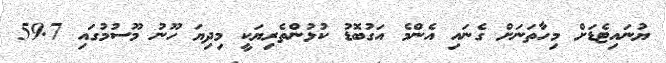
ޔުނައިޓެޑަށް މިހާތަނަށް ގެނައި އެންމެ އަގުބޮޑު ކުޅުންތެރިޔަކީ މިދިޔަ ހޫނު މޫސުމުގައި 59.7